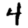
Digit: 4